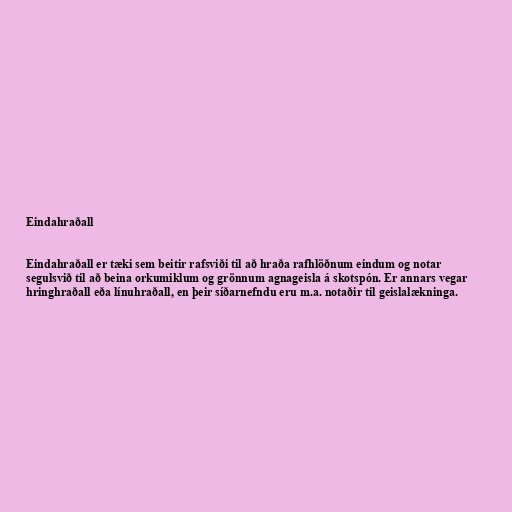
Eindahraðall

Eindahraðall er tæki sem beitir rafsviði til að hraða rafhlöðnum eindum og notar
segulsvið til að beina orkumiklum og grönnum agnageisla á skotspón. Er annars vegar
hringhraðall eða línuhraðall, en þeir síðarnefndu eru m.a. notaðir til geislalækninga.